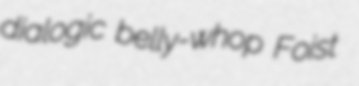
dialogic belly-whop Foist